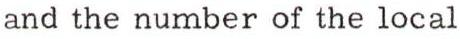
and the number of the local